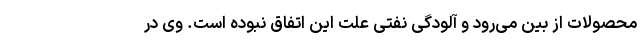
محصولات از بین می‌رود و آلودگی نفتی علت این اتفاق نبوده است. وی در